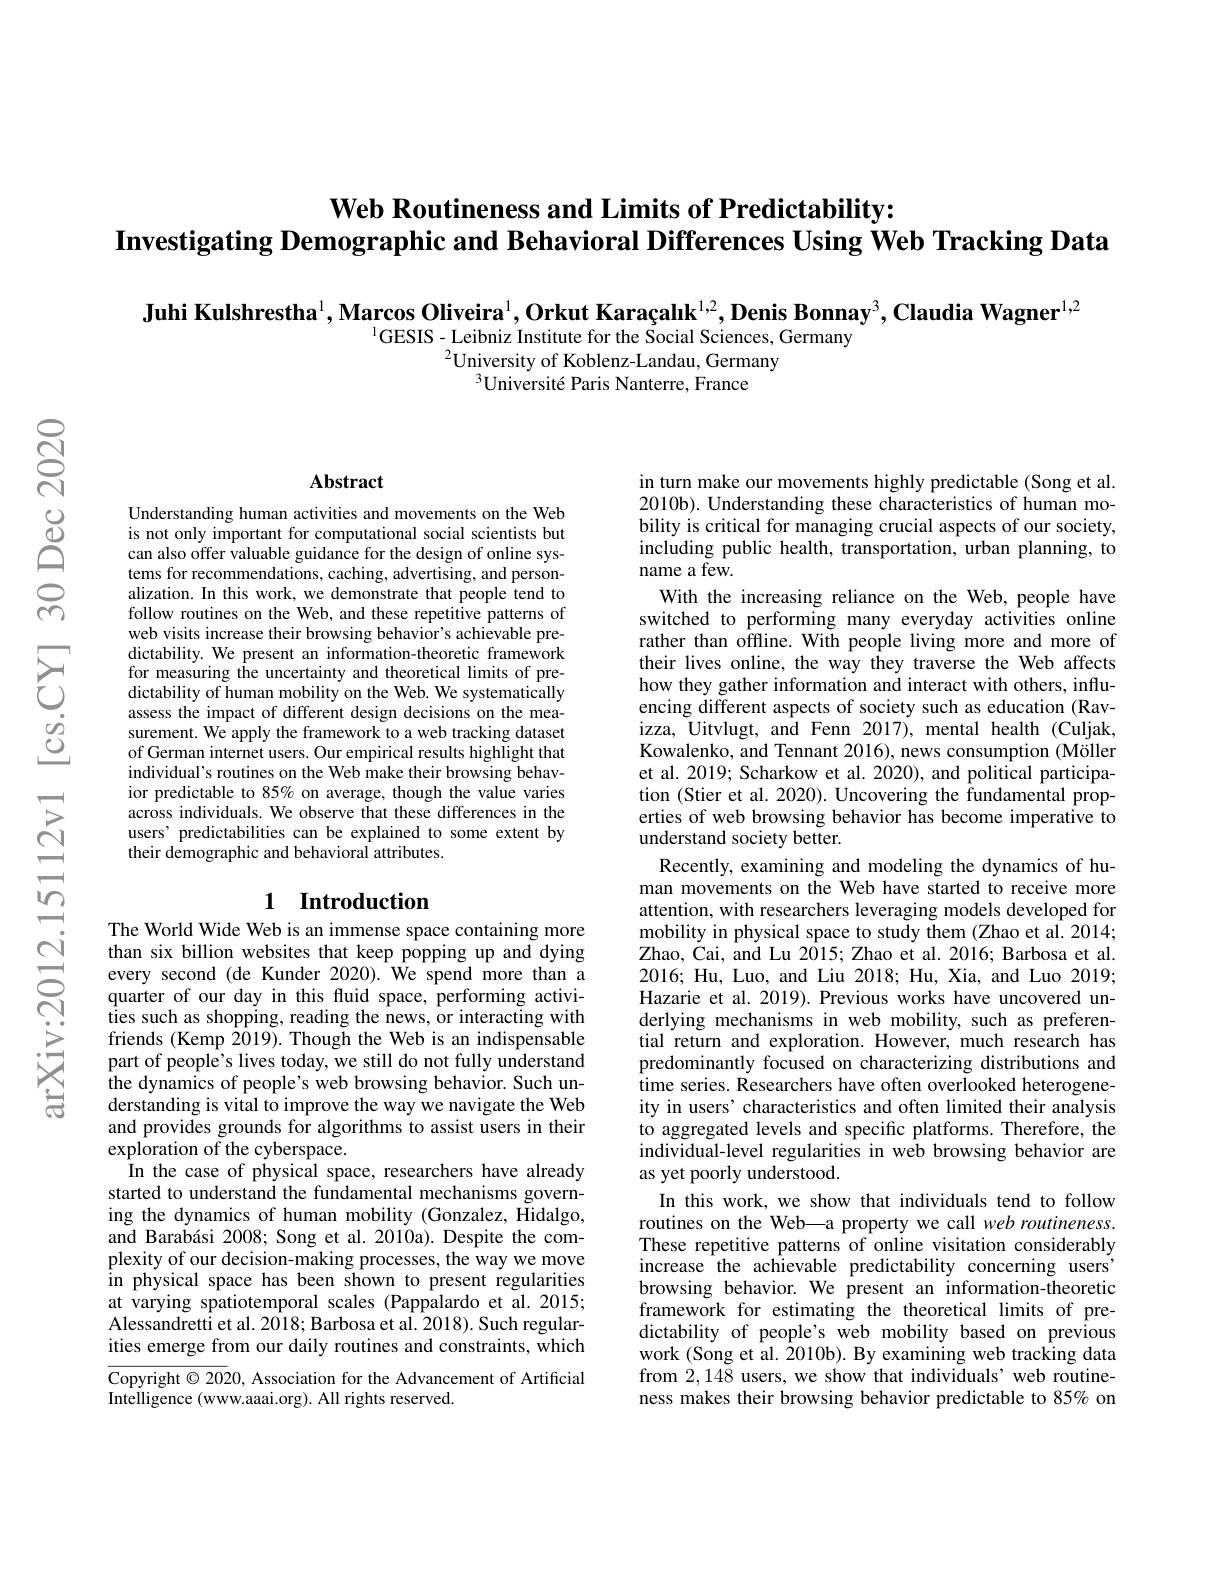
Web Routineness and Limits of Predictability:
Investigating Demographic and Behavioral Differences Using Web Tracking Data

Juhi Kulshrestha$^1,\text{Marcos Oliveira}^1,\textbf{Orkut Karaçalık}^{1,2},\textbf{Denis Bonnay}^3,\textbf{Claudia Wagner}^{1,2}$

$^{1}$GESIS-Leibniz Institute for the Social Sciences, Germany
$^{2}$University of Koblenz-Landau, Germany
$^{3}$Université Paris Nanterre, France

### Abstract

Understanding human activities and movements on the Web is not only important for computational social scientists but can also offer valuable guidance for the design of online systems for recommendations, caching, advertising, and personalization. In this work, we demonstrate that people tend to follow routines on the Web, and these repetitive patterns of web visits increase their browsing behavior's achievable predictability. We present an information-theoretic framework for measuring the uncertainty and theoretical limits of predictability of human mobility on the Web. We systematically assess the impact of different design decisions on the measurement. We apply the framework to a web tracking dataset of German internet users. Our empirical results highlight that individual's routines on the Web make their browsing behavior predictable to 85% on average, though the value varies across individuals. We observe that these differences in the users' predictabilities can be explained to some extent by their demographic and behavioral attributes.

## 1 Introduction

The World Wide Web is an immense space containing more than six billion websites that keep popping up and dying every second (de Kunder 2020).We spend more than a quarter of our day in this fluid space, performing activities such as shopping, reading the news, or interacting with friends (Kemp 2019). Though the Web is an indispensable part of people's lives today, we still do not fully understand the dynamics of people's web browsing behavior. Such understanding is vital to improve the way we navigate the Web and provides grounds for algorithms to assist users in their exploration of the cyberspace.
In the case of physical space, researchers have already started to understand the fundamental mechanisms governing the dynamics of human mobility (Gonzalez, Hidalgo, and Barabási 2008; Song et al. 2010a). Despite the complexity of our decision-making processes, the way we move in physical space has been shown to present regularities at varying spatiotemporal scales (Pappalardo et al.2015; Alessandretti et al. 2018; Barbosa et al. 2018). Such regularities emerge from our daily routines and constraints, which

Copyright $\odot2020$, Association for the Advancement of Artificial
Intelligence (www.aaai.org). All rights reserved.

in turn make our movements highly predictable (Song et al. 2010b). Understanding these characteristics of human mobility is critical for managing crucial aspects of our society, including public health, transportation, urban planning, to name a few.
With the increasing reliance on the Web, people have switched to performing many everyday activities online rather than offline. With people living more and more of their lives online, the way they traverse the Web affects how they gather information and interact with others, influencing different aspects of society such as education (Ravizza, Uitvlugt, and Fenn 2017), mental health (Culjak, Kowalenko, and Tennant 2016), news consumption (Möller et al. 2019; Scharkow et al. 2020), and political participation (Stier et al. 2020). Uncovering the fundamental properties of web browsing behavior has become imperative to understand society better.
Recently, examining and modeling the dynamics of human movements on the Web have started to receive more attention, with researchers leveraging models developed for mobility in physical space to study them (Zhao et al. 2014; Zhao, Cai, and Lu 2015; Zhao et al. 2016; Barbosa et al. 2016; Hu, Luo, and Liu 2018; Hu, Xia, and Luo 2019; Hazarie et al. 2019). Previous works have uncovered underlying mechanisms in web mobility, such as preferential return and exploration. However, much research has predominantly focused on characterizing distributions and time series. Researchers have often overlooked heterogeneity in users' characteristics and often limited their analysis to aggregated levels and specific platforms. Therefore, the individual-level regularities in web browsing behavior are as yet poorly understood.
In this work, we show that individuals tend to follow routines on the Web—a property we call web routineness. These repetitive patterns of online visitation considerably increase the achievable predictability concerning users browsing behavior. We present an information-theoretic framework for estimating the theoretical limits of predictability of people's web mobility based on previous work (Song et al. 2010b). By examining web tracking data from 2,148 users, we show that individuals' web routineness makes their browsing behavior predictable to 85% on